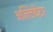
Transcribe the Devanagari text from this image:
अल्टिवेटर